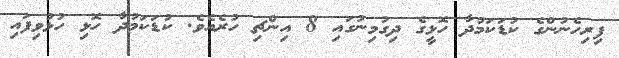
ފިރިހެނުންގެ ކުޑަކަމުދާ ހޮޅީގެ ދިގުމިނުގައި 8 އިންޗި ހުރެއެވެ. ކުޑަކަމުދާ ހޮޅި ހުޅުވިފައި